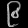
Digit: ၉